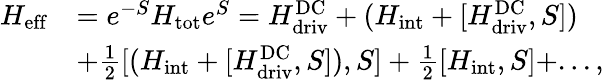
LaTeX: \begin{array}{rl}{H_{\mathrm{eff}}}&{={e^{-S}}H_{\mathrm{tot}}{e^{S}}=H_{\mathrm{driv}}^{\mathrm{DC}}+(H_{\mathrm{int}}+[H_{\mathrm{driv}}^{\mathrm{DC}},S])}\\ &{+\frac{1}{2}[(H_{\mathrm{int}}+[H_{\mathrm{driv}}^{\mathrm{DC}},S]),S]+\frac{1}{2}[H_{\mathrm{int}},S]+...,}\end{array}